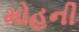
મોહની